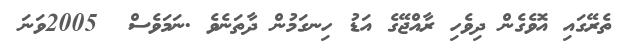
ތެރޭގައި އޮވެގެން ދިވެހި ރާއްޖޭގެ އަޑު ހިނގަމުން ދާތަނެވެ .ނަމަވެސް  2005ވަނަ